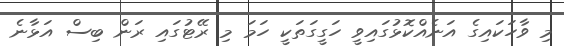
މި ވާހަކައިގެ އަނެއްކޮޅުގައިވީ ހަގީގަތަކީ ހަމަ މި ރޭޓުގައި ރަން ބިސް އަޅާނެ